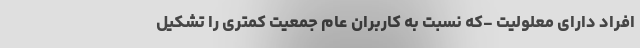
افراد دارای معلولیت -که نسبت به کاربران عام جمعیت کمتری را تشکیل